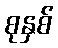
စုနှစ်